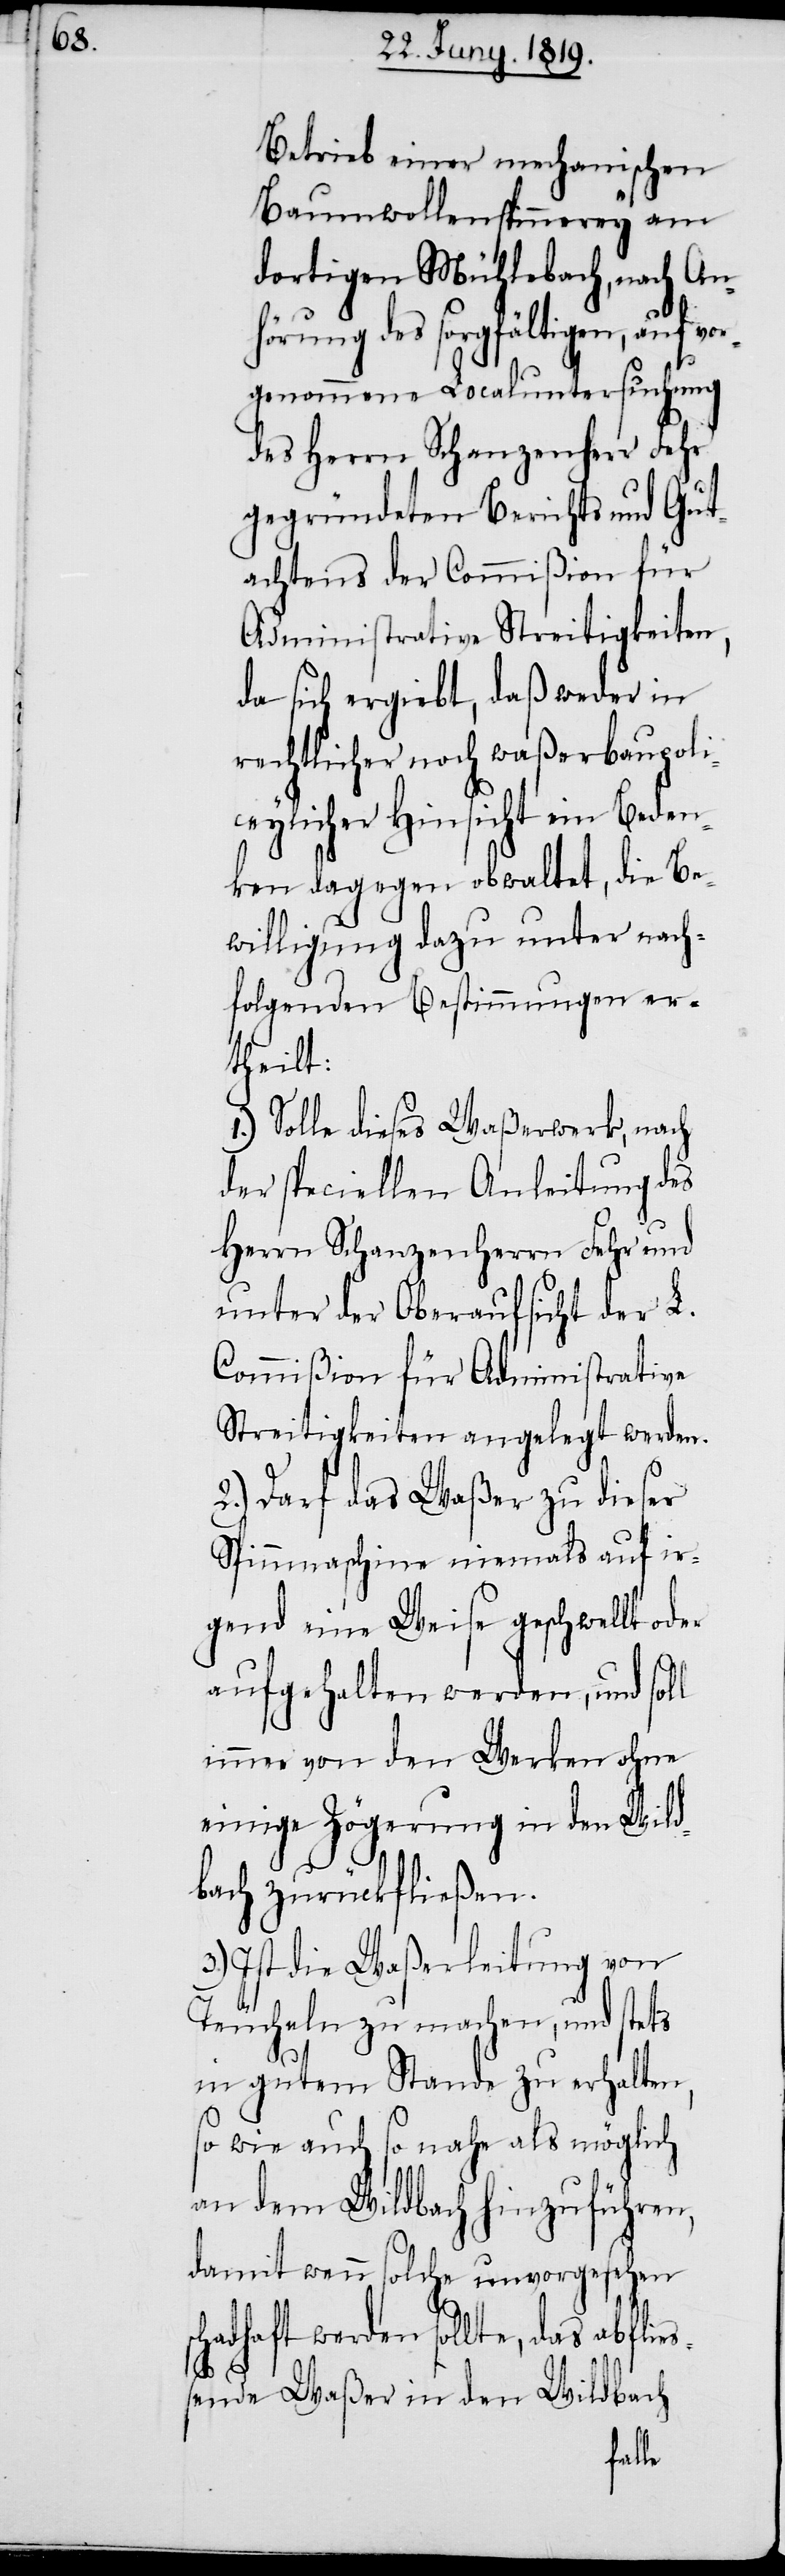
es¬

Betrieb einer mechanischen
Baumwollenspinnerey am
dortigen Mühlebach, nach An¬
hörung des sorgfältigen, auf vo¬
rgenommene Localuntersuchung
des Herrn Schanzenherr Fehr
gegründeten Berichts und Gut¬
achtens der Commißion für
Administrative Streitigkeiten,
da sich ergiebt, daß weder in
rechtlicher noch waßerbaupoli¬
ceylicher Hinsicht ein Beden¬
ken dagegen obwaltet, die Be¬
willigung dazu unter nach¬
folgenden Bestimmungen er¬
theilt:
1.) Solle dieses Waßerwerk, nach
der speciellen Anleitung des
Herrn Schanzenherrn Fehr und
unter der Oberaufsicht der L.
Commißion für Administrative
Streitigkeiten angelegt werden.
2.) Darf das Waßer zu dieser
Spinnmaschine niemals auf ir¬
gend eine Weise geschwellt oder
aufgehalten werden, und sol¬
l immer von den Werken ohne
einige Zögerung in den Wild¬
bach zurückfließen.
3.) Ist die Waßerleitung von
Teucheln zu machen, und stets
in gutem Stande zu erhalten,
so wie auch so nahe als möglich
an dem Wildbach hinzuführen,
damit wenn solche unvorgesehen
hadhaft werden sollte, das abfli¬
sende Waßer in den Wildbach